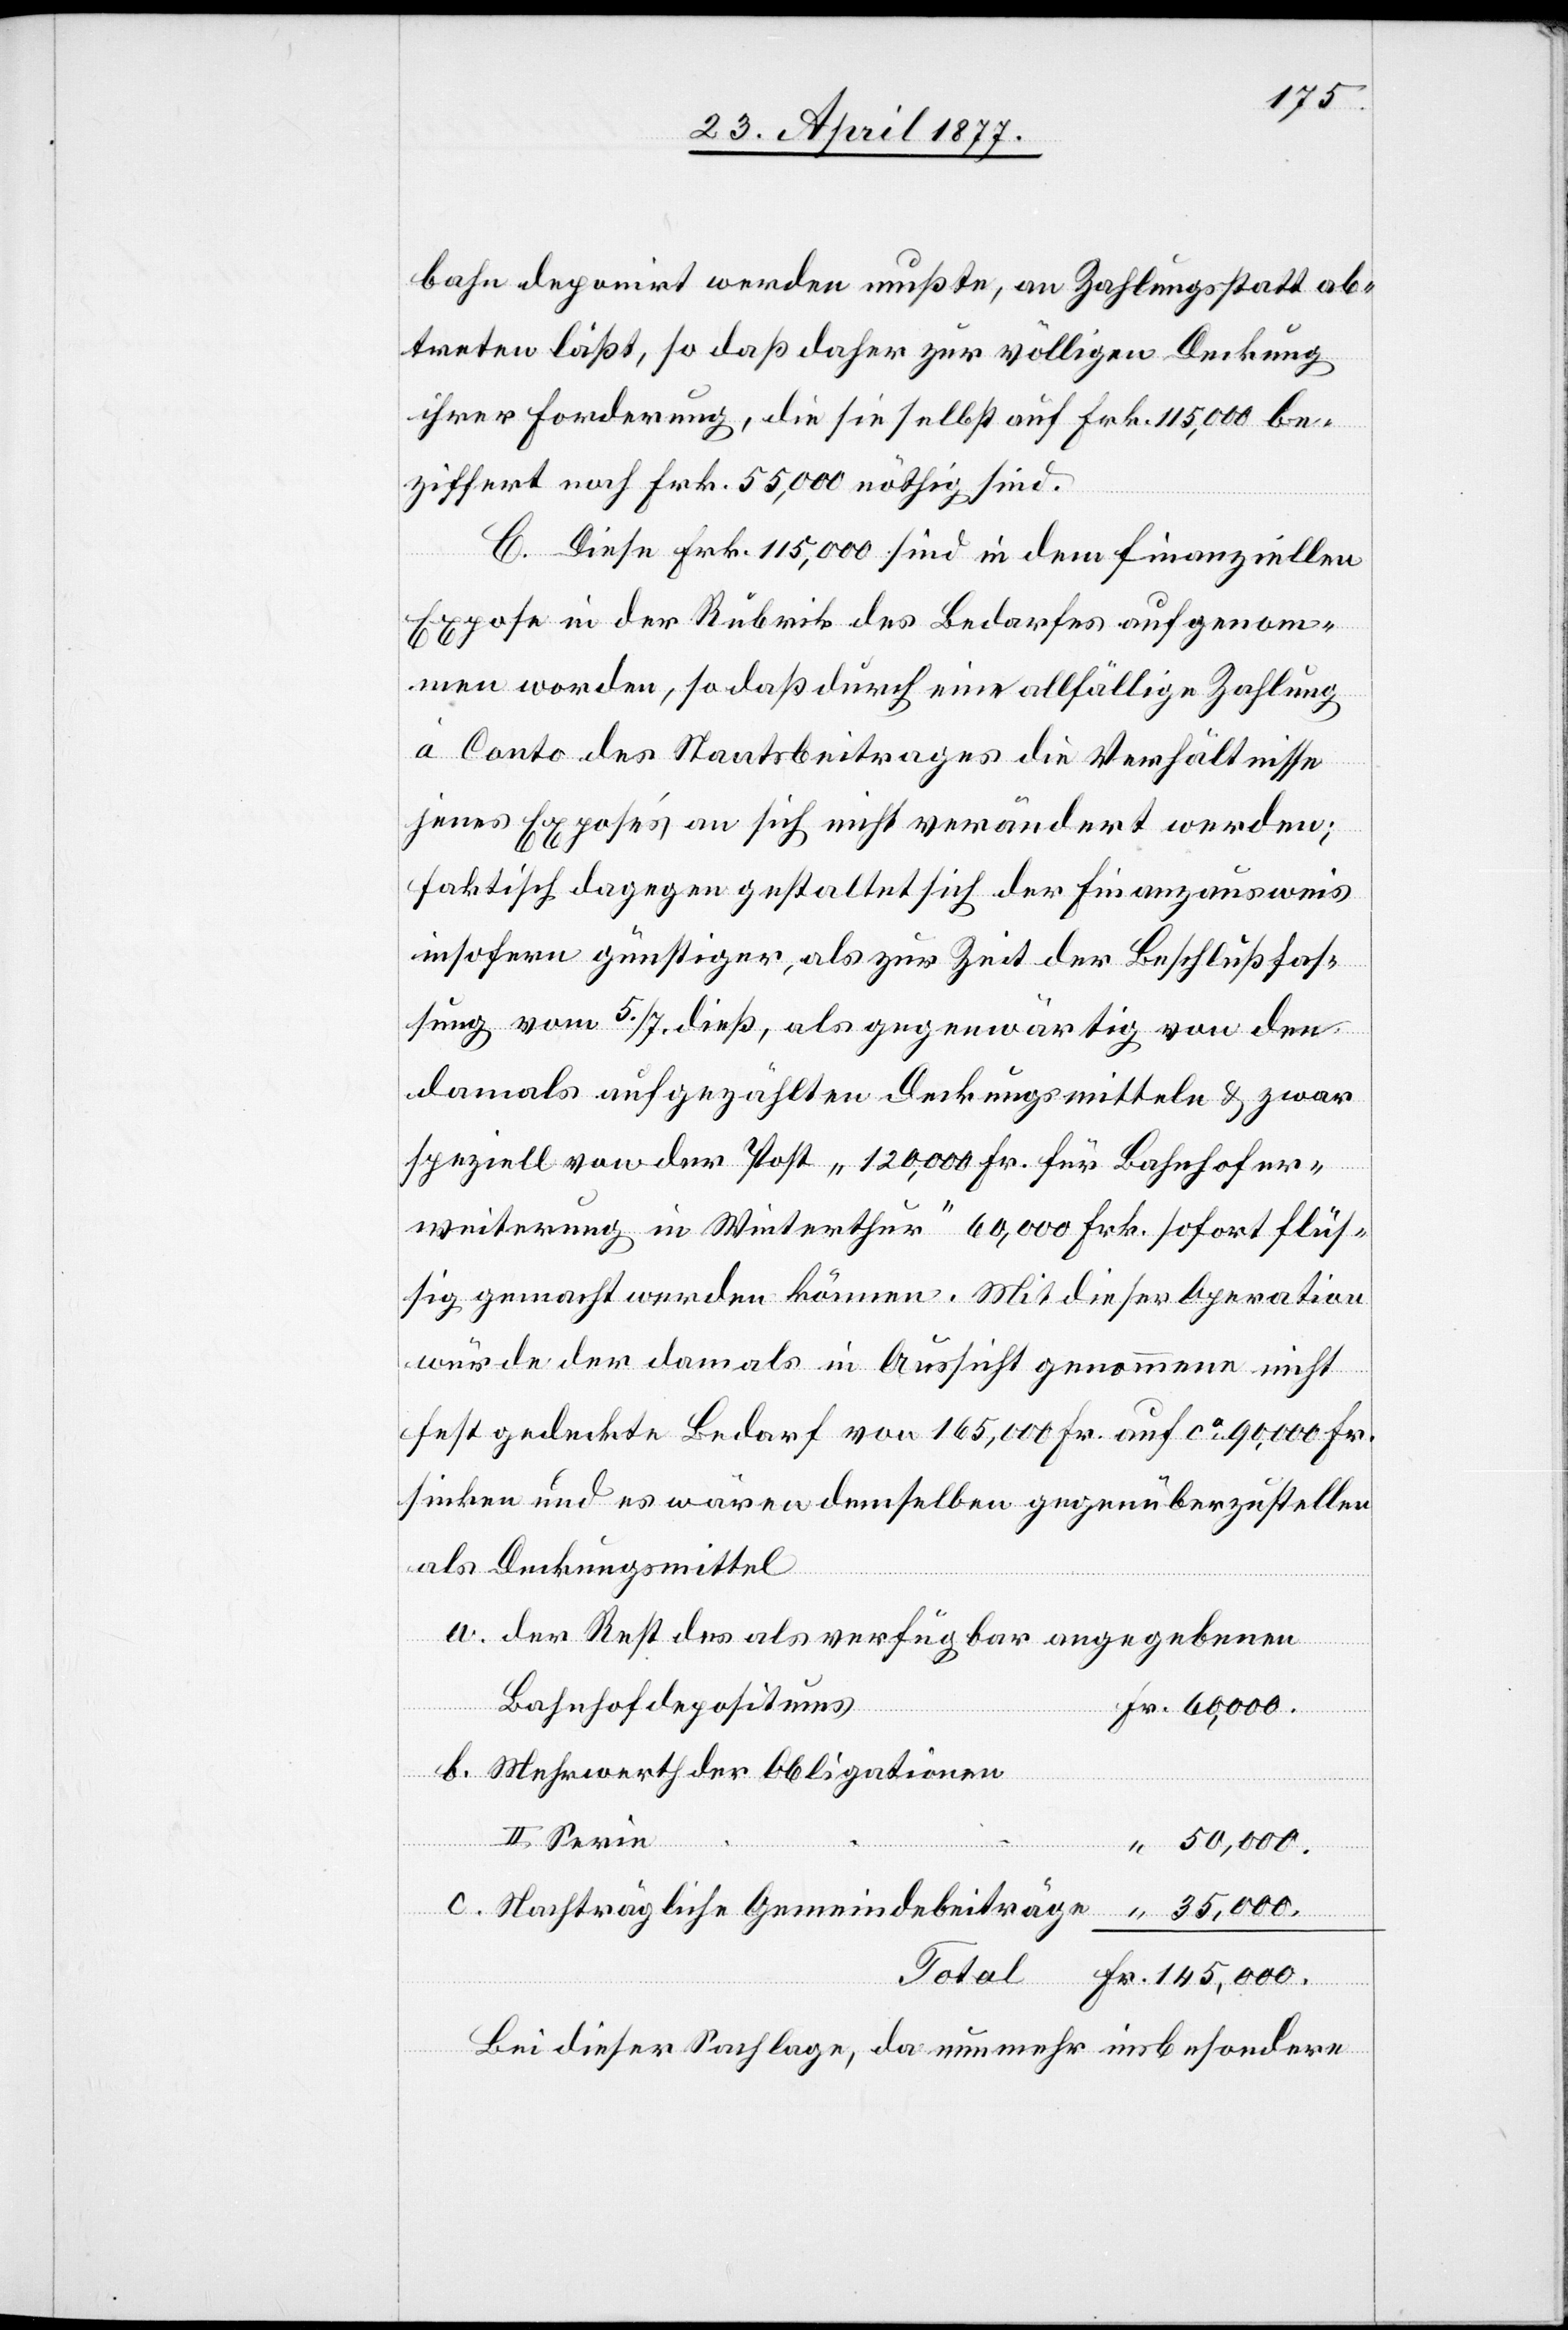
bahn deponirt werden mußte, an Zahlungsstatt ab¬
treten läßt, so daß daher zur völligen Deckung
ihrer Forderung, die sie selbst auf Frk. 115,000 be¬
ziffert noch Frk. 55,000 nöthig sind.
C. Diese Frk. 115,000 sind in dem finanziellen
Expose in der Rubrik des Bedarfes aufgenom¬
men worden, so daß durch eine allfällige Zahlung
à Conto des Staatsbeitrages die Verhältnisse
jenes Exposés an sich nicht verändert werden;
faktisch dagegen gestaltet sich der Finanzausweis
insofern günstiger, als zur Zeit der Beschlußfas¬
sung vom 5./7. dieß, als gegenwärtig von den
damals aufgezählten Deckungsmitteln & zwar
speziell von der Post „120,000 Fr. für Bahnhofer¬
weiterung in Winterthur“ 60,000 Frk. sofort flüs¬
sig gemacht werden können. Mit dieser Operation
würde der damals in Aussicht genommene nicht
fest gedeckte Bedarf von 165,000 Fr. auf ca 90,000 Fr.
sinken und es wären demselben gegenüberzustellen
als Deckungsmittel
a. der Rest des als verfügbar angegebenen
Bahnhofdepositums
Nachträgliche
b. Mehrwerth der Obligationen
II. Serie
Fr.
Bei dieser Sachlage, da nunmehr insbesondere